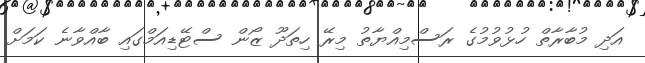
އަދި މުބާރާތް ހުޅުވުމުގެ ރަސްމިއްޔާތު މިރޭ ހިތަދޫ ޒޯން ސްޓޭޑިއަމްގައި ބާއްވާނެ ކަމަށް